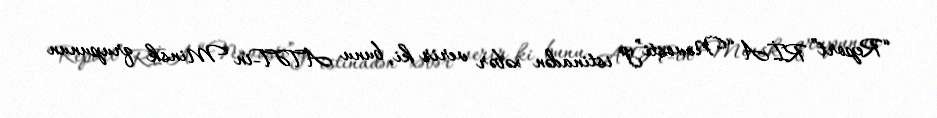
“Report” RİA “Novosti”yə istinadən xəbər verir ki, bunu ATƏT-in Minsk qrupunun